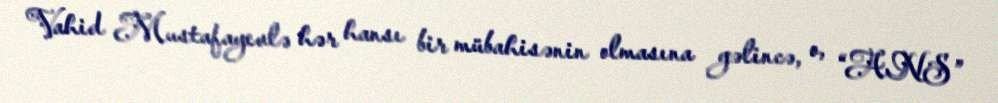
Vahid Mustafayevlə hər hansı bir mübahisənin olmasına gəlincə, o, “ANS”